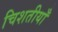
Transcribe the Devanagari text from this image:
चिशतीयाँ